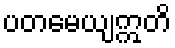
ပတမေယျဣတိ